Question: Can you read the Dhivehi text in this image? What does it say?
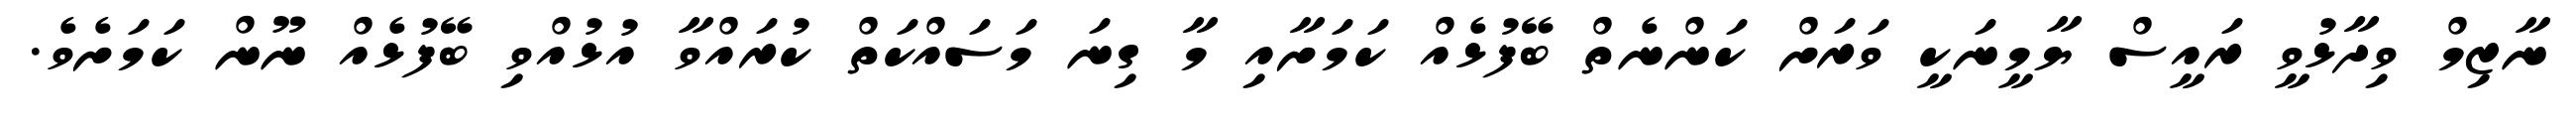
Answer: ނާޒިމް ވިދާޅުވީ ރައީސް ޔާމީނަކީ ވަރަށް ކަންނެތް ބޭފުޅެއް ކަމަށާއި މާ ގިނަ މަސައްކަތް ކުރައްވާ އުޅުއްވި ބޭފުޅެއް ނޫން ކަމަށެވެ.